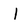
Character: I